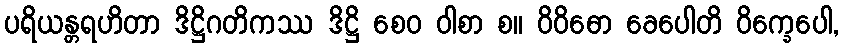
ပရိယန္တရဟိတာ ဒိဋ္ဌိဂတိကဿ ဒိဋ္ဌိ စေဝ ဝါစာ စ။ ဝိဝိဓော ခေပေါတိ ဝိက္ခေပေါ,